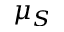
\mu _ { S }